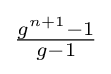
{\textstyle {\frac {g^{n+1}-1}{g-1}}}